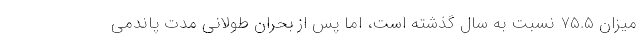
میزان ۷۵.۵ نسبت به سال گذشته است، اما پس از بحران طولانی مدت پاندمی